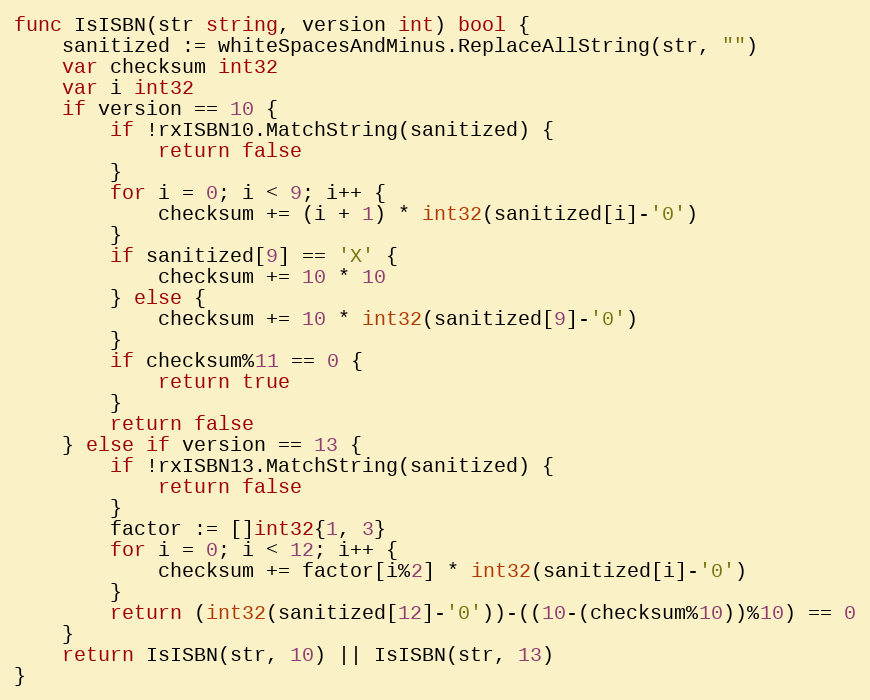
Language: Go
func IsISBN(str string, version int) bool {
	sanitized := whiteSpacesAndMinus.ReplaceAllString(str, "")
	var checksum int32
	var i int32
	if version == 10 {
		if !rxISBN10.MatchString(sanitized) {
			return false
		}
		for i = 0; i < 9; i++ {
			checksum += (i + 1) * int32(sanitized[i]-'0')
		}
		if sanitized[9] == 'X' {
			checksum += 10 * 10
		} else {
			checksum += 10 * int32(sanitized[9]-'0')
		}
		if checksum%11 == 0 {
			return true
		}
		return false
	} else if version == 13 {
		if !rxISBN13.MatchString(sanitized) {
			return false
		}
		factor := []int32{1, 3}
		for i = 0; i < 12; i++ {
			checksum += factor[i%2] * int32(sanitized[i]-'0')
		}
		return (int32(sanitized[12]-'0'))-((10-(checksum%10))%10) == 0
	}
	return IsISBN(str, 10) || IsISBN(str, 13)
}